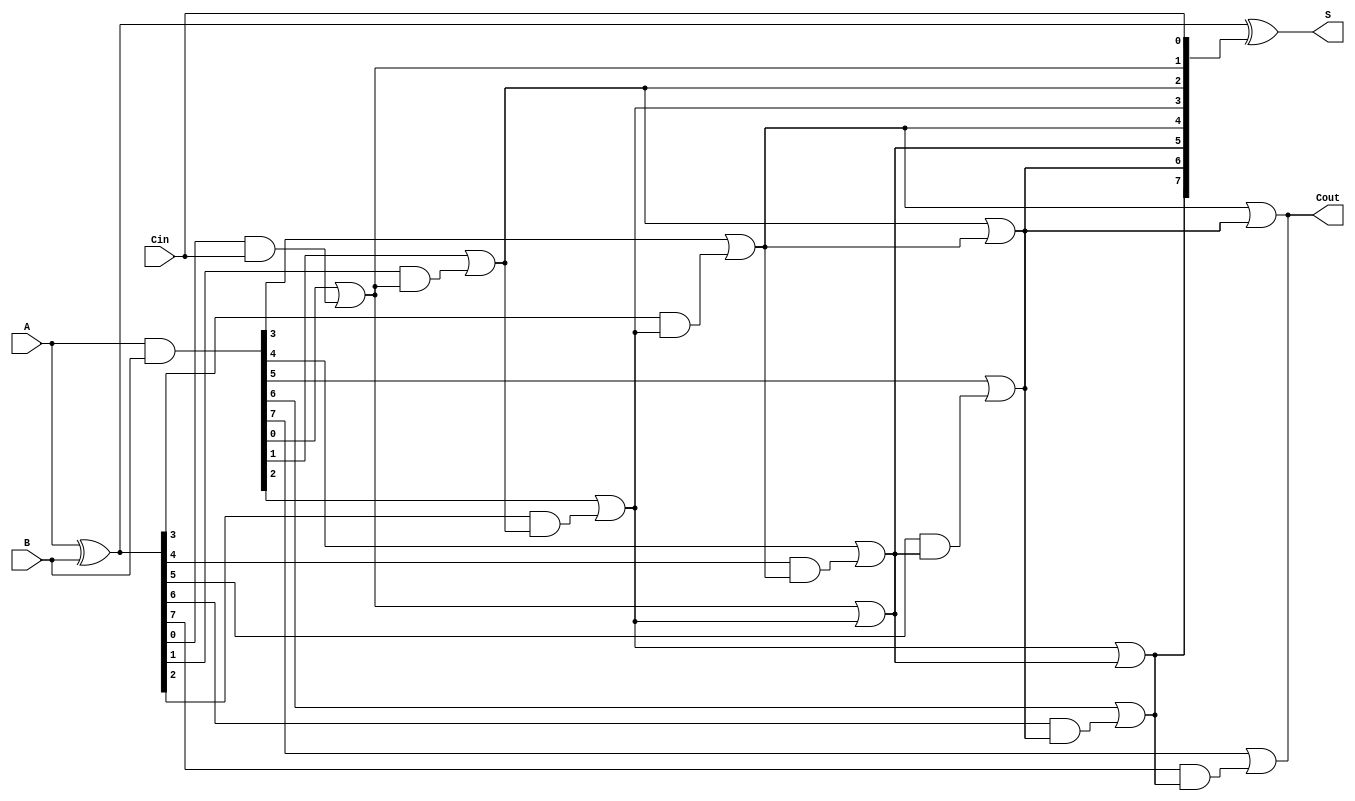
module SklanskyAdder #(parameter N = 8) (
    input [N-1:0] A,
    input [N-1:0] B,
    input Cin,
    output [N-1:0] S,
    output Cout
);
    // Generate and Propagate signals
    wire [N-1:0] G; // Generate
    wire [N-1:0] P; // Propagate
    wire [N:0] C;   // Carry signals

    // Generate and Propagate calculations
    assign G = A & B;
    assign P = A ^ B;

    // Carry calculations
    assign C[0] = Cin; // Carry-in

    // Level 1 carries
    genvar i;
    generate
        for (i = 1; i < N+1; i = i + 1) begin: carry_level_1
            assign C[i] = G[i-1] | (P[i-1] & C[i-1]);
        end
    endgenerate

    // Level 2 carries using a balanced tree structure
    generate
        for (i = 0; i < N/2; i = i + 1) begin: carry_tree_level_2
            assign C[i + N/2 + 1] = C[i + 1] | C[i + 1 + (N/4)];
        end
    endgenerate

    // Sum calculation
    assign S = P ^ C[N-1:0];

    // Carry-out
    assign Cout = C[N];

endmodule